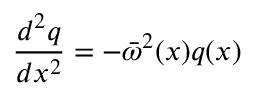
\frac { d ^ { 2 } q } { d x ^ { 2 } } = - { \bar { \omega } } ^ { 2 } ( x ) q ( x )